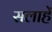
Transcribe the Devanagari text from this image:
सलाहें